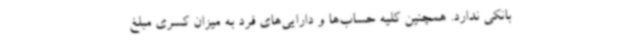
بانکی ندارد. همچنین کلیه حساب‌ها و دارایی‌های فرد به میزان کسری مبلغ